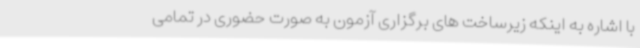
با اشاره به اینکه زیرساخت های برگزاری آزمون به صورت حضوری در تمامی